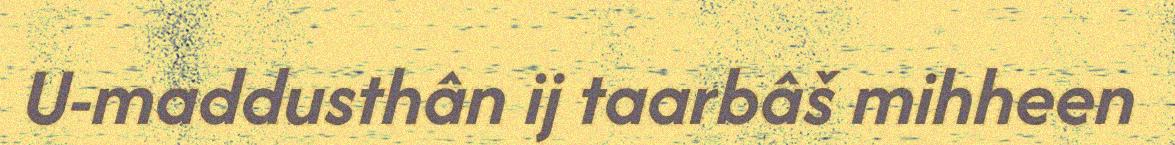
U-maddusthân ij taarbâš mihheen